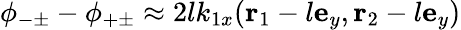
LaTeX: \phi_{-\pm}-\phi_{+\pm}\approx 2lk_{1x}(\mathbf{r}_{1}-l\mathbf{e}_{y},\mathbf{r}_{2}-l\mathbf{e}_{y})